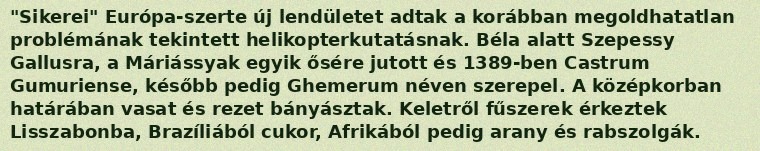
"Sikerei" Európa-szerte új lendületet adtak a korábban megoldhatatlan problémának tekintett helikopterkutatásnak. Béla alatt Szepessy Gallusra, a Máriássyak egyik ősére jutott és 1389-ben Castrum Gumuriense, később pedig Ghemerum néven szerepel. A középkorban határában vasat és rezet bányásztak. Keletről fűszerek érkeztek Lisszabonba, Brazíliából cukor, Afrikából pedig arany és rabszolgák.